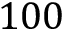
1 0 0